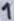
Text: 1